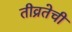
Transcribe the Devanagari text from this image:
तीव्रतेची